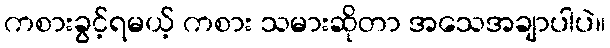
ကစားခွင့်ရမယ့် ကစား သမားဆိုတာ အသေအချာပါပဲ။